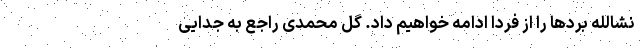
نشالله بردها را از فردا ادامه خواهیم داد. گل محمدی راجع به جدایی